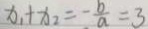
x _ { 1 } + x _ { 2 } = - \frac { b } { a } = 3